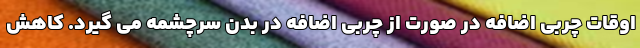
اوقات چربی اضافه در صورت از چربی اضافه در بدن سرچشمه می گیرد. کاهش